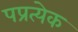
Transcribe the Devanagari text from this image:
पप्रत्येक